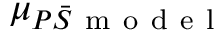
\mu _ { P \bar { S } \mathrm { ~ m ~ o ~ d ~ e ~ l ~ } }